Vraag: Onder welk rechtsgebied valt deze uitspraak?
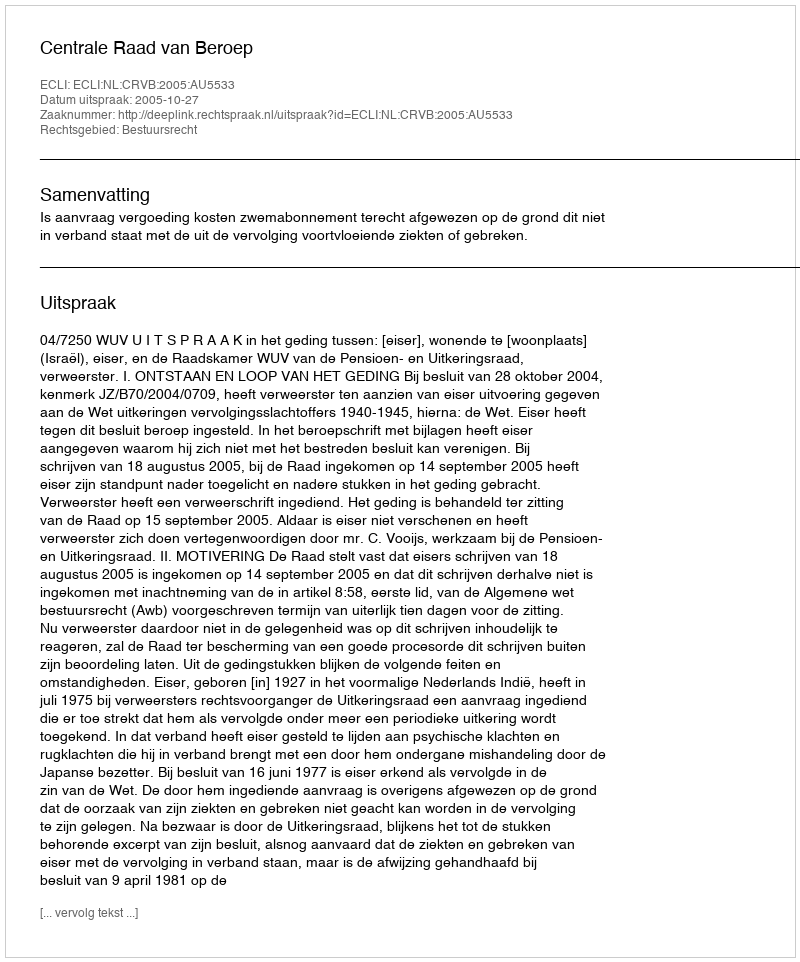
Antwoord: Bestuursrecht